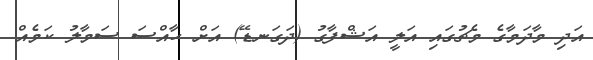
އަދި މާދަމާގެ މެޗުގައި އަލީ އަޝްފާގު (ދަގަނޑޭ) އަށް ހާއްސަ ސަމާލު ކަމެއް